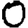
Digit: 0